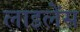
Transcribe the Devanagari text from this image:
लाइलेंस